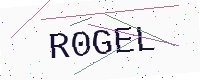
Text: R0GEL